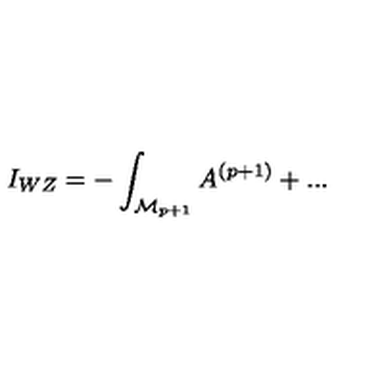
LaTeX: I _ { W Z } = - \int _ { { \cal M } _ { p + 1 } } A ^ { ( p + 1 ) } + . . .